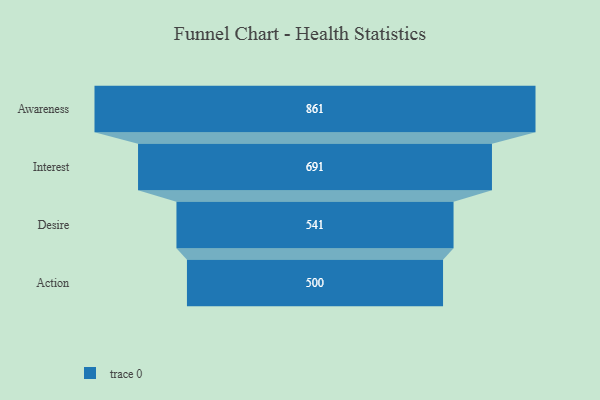
{"axis": {"x": "Stage", "y": "Value"}, "legend": [""], "data": [{"x": "Awareness", "y": 861.0, "type": ""}, {"x": "Interest", "y": 691.0, "type": ""}, {"x": "Desire", "y": 541.0, "type": ""}, {"x": "Action", "y": 500, "type": ""}]}